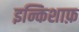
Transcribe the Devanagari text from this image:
इन्किशाफ़